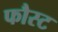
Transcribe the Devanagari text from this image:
फौस्ट